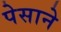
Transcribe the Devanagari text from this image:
पेसाने